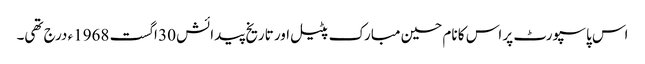
اس پاسپورٹ پر اس کا نام حسین مبارک پٹیل اور تاریخ پیدائش 30 اگست 1968ء درج تھی۔